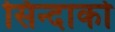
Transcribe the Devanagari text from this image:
सिन्दाको